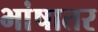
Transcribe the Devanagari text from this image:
भांषातर